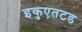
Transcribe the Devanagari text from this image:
इकुएतटड